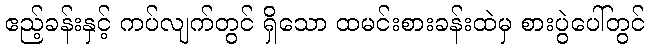
ဧည့်ခန်းနှင့် ကပ်လျက်တွင် ရှိသော ထမင်းစားခန်းထဲမှ စားပွဲပေါ်တွင်